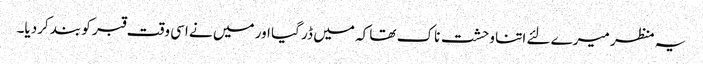
یہ منظر میرے لئے اتنا وحشت ناک تھا کہ میں ڈر گیا اور میں نے اسی وقت قبر کو بند کردیا۔